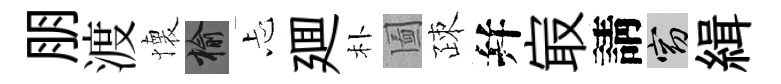
朋渡懐榆忐廽朴圗疎幷㝡請窈緝